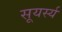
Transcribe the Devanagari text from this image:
सूयर्स्य